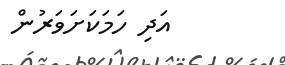
އަދި ހަމަކަށަވަރުން